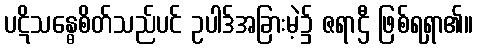
ပဋိသန္ဓေစိတ်သည်ပင် ဥပါဒ်အခြားမဲ့၌ ဇရာဌီ ဖြစ်ရရှာ၏။